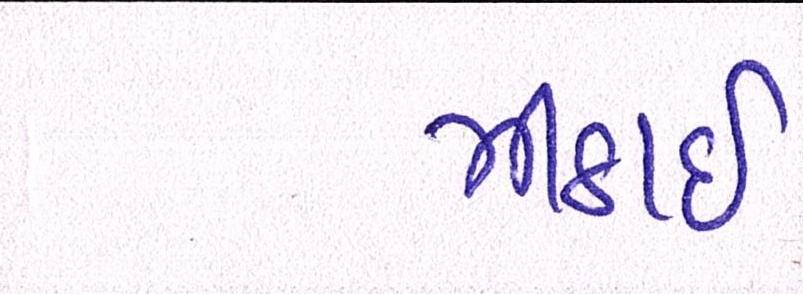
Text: મીઠાઈ